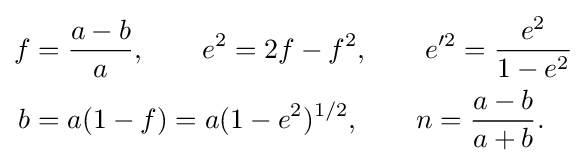
{\begin{aligned}f&={\frac {a-b}{a}},\qquad e^{2}=2f-f^{2},\qquad e'^{2}={\frac {e^{2}}{1-e^{2}}}\\b&=a(1-f)=a(1-e^{2})^{1/2},\qquad n={\frac {a-b}{a+b}}.\end{aligned}}